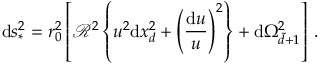
\mathrm { d } s _ { * } ^ { 2 } = r _ { 0 } ^ { 2 } \left[ \mathcal { R } ^ { 2 } \left\{ u ^ { 2 } \mathrm { d } x _ { d } ^ { 2 } + \left( { \frac { \mathrm { d } u } { u } } \right) ^ { 2 } \right\} + \mathrm { d } \Omega _ { \tilde { d } + 1 } ^ { 2 } \right] \, .